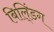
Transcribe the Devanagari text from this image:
बिलि्ंडग